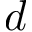
d